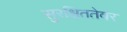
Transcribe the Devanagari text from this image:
सुरक्षिततेवर